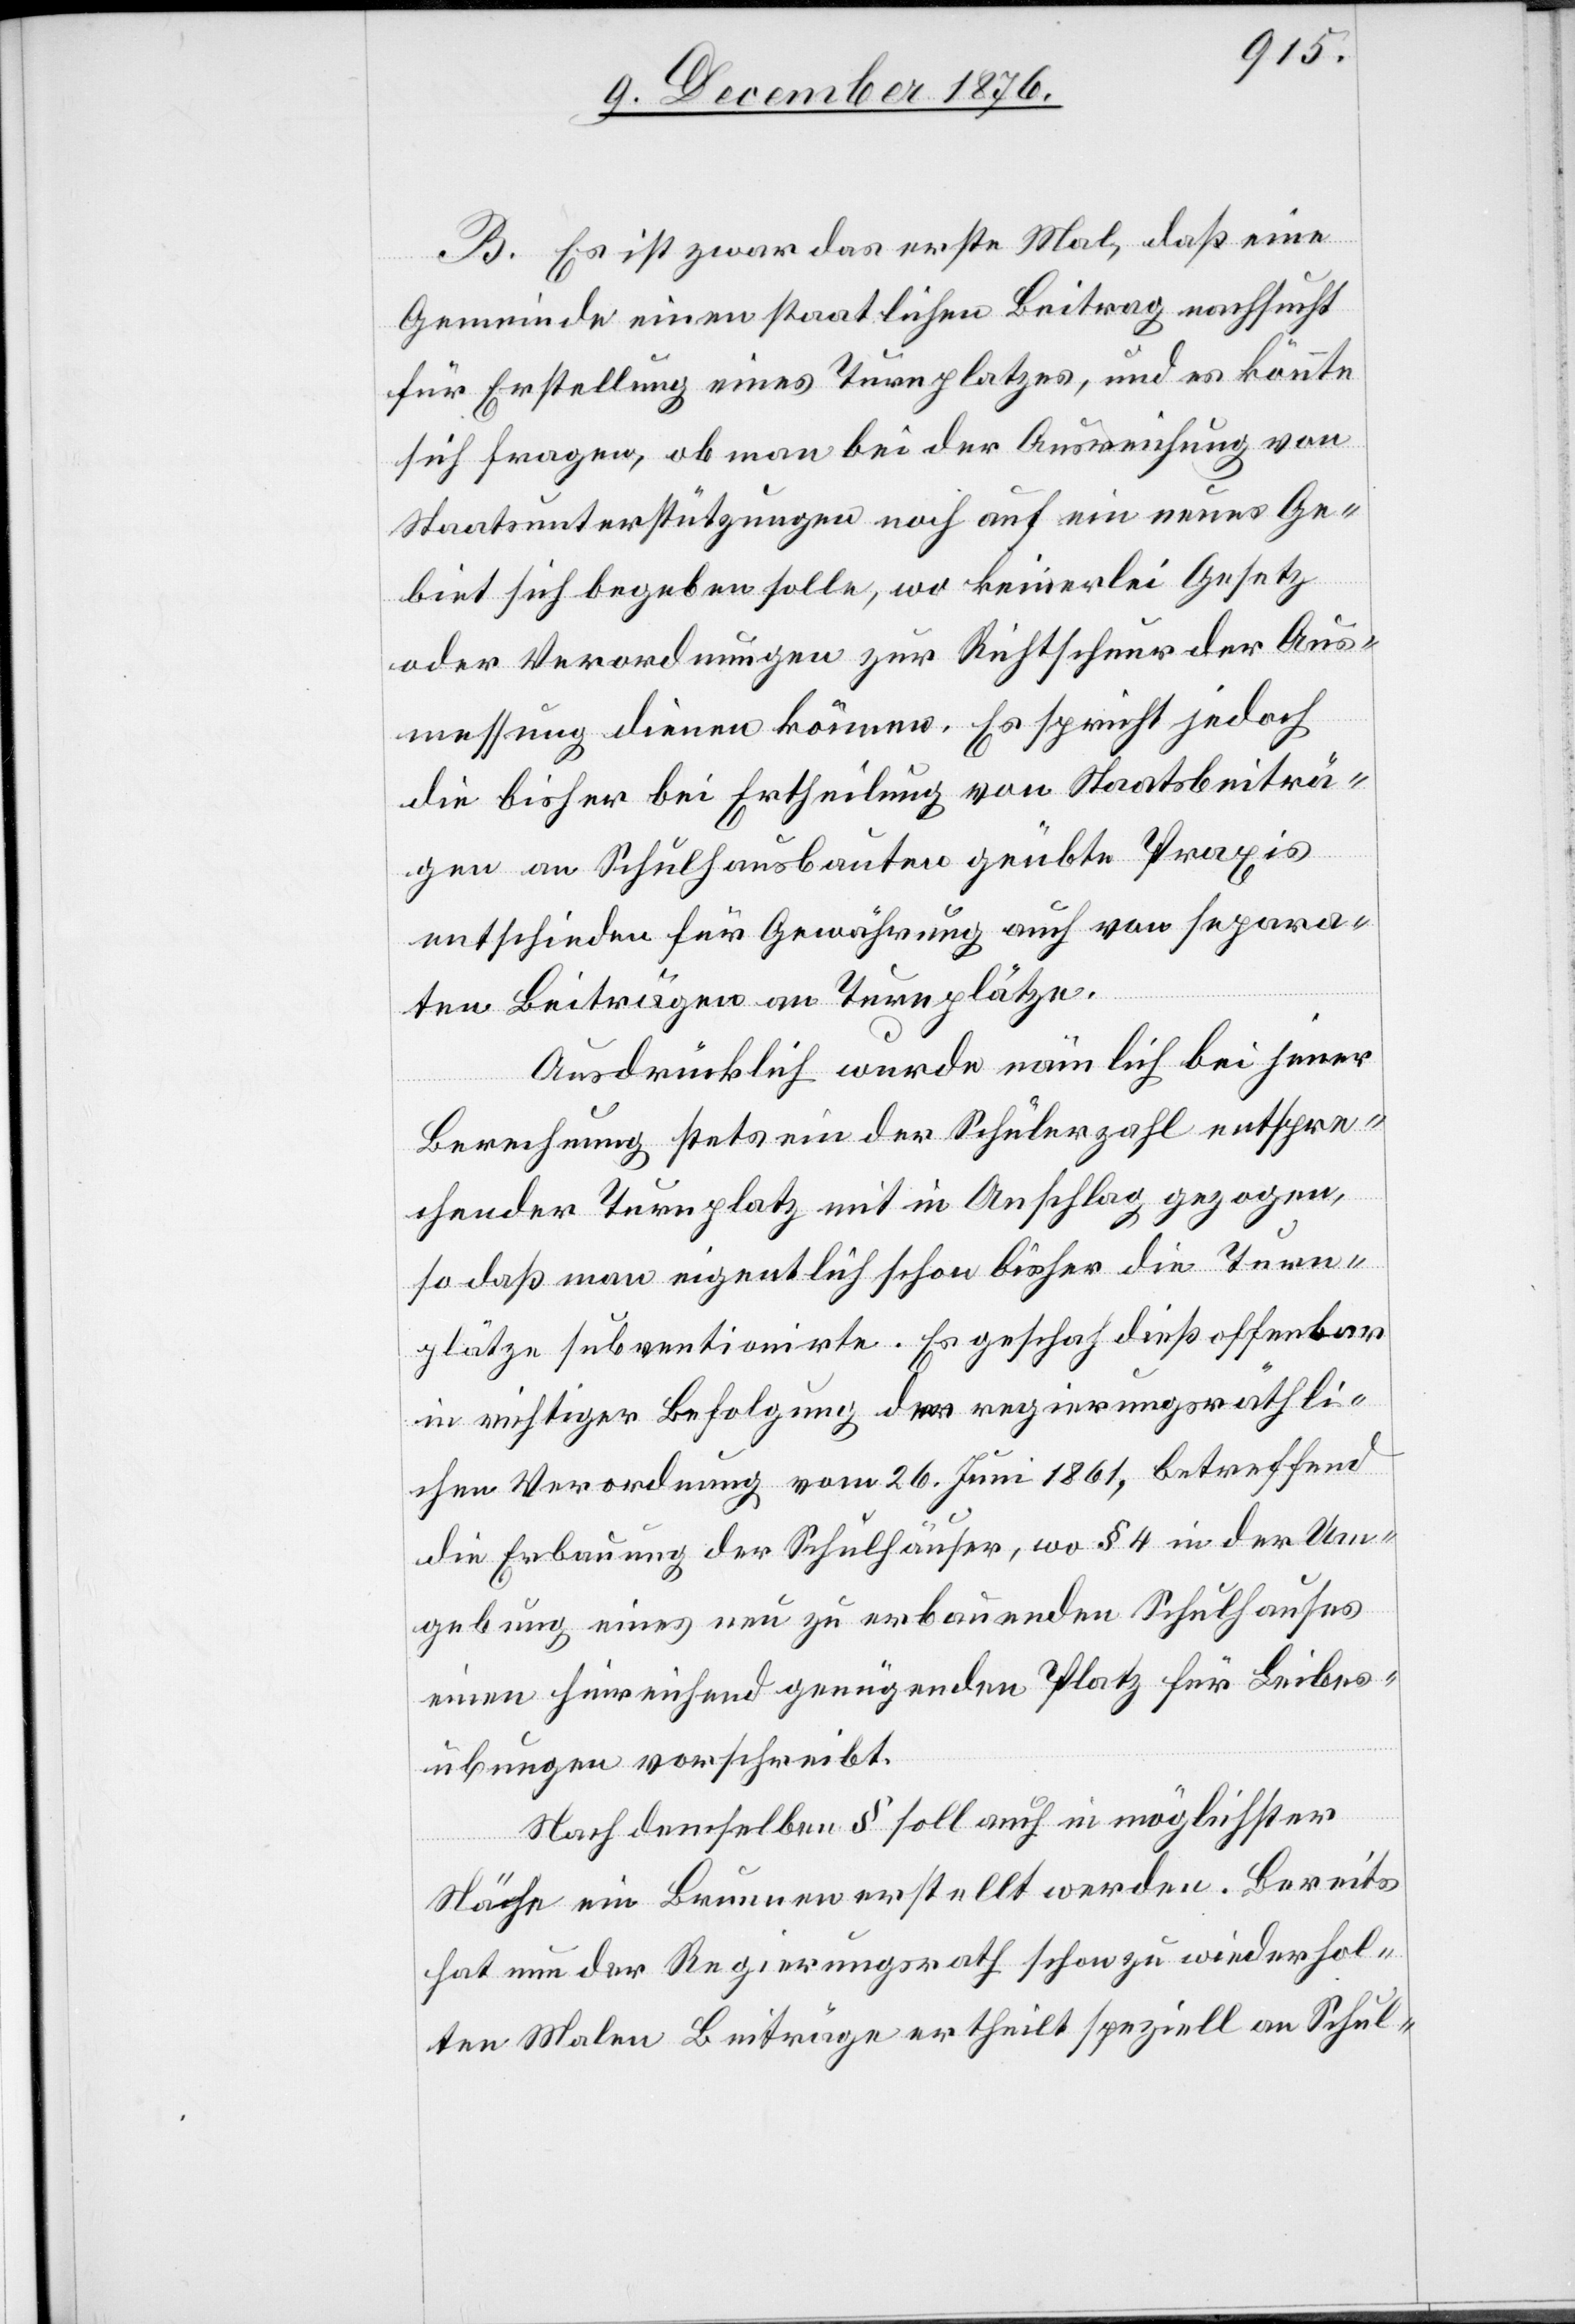
B. Es ist zwar das erste Mal, daß eine
Gemeinde einen staatlichen Beitrag nachsucht
für Erstellung eines Turnplatzes, und es könnte
sich fragen, ob man bei der Ausweichung von
Staatsunterstützungen noch auf ein neues Ge¬
biet sich begeben solle, wo keinerlei Gesetz
oder Verordnungen zur Richtschnur der Aus¬
messung dienen können. Es spricht jedoch
die bisher bei Ertheilung von Staatsbeiträ¬
gen an Schulhausbauten geübte Praxis
entschieden für Gewährung auch von separa¬
ten Beiträgen an Turnplätze.
Ausdrücklich wurde nämlich bei jener
Berechnung stets ein der Schülerzahl entspre¬
chender Turnplatz mit in Anschlag gezogen,
so daß man eigentlich schon bisher die Turn¬
plätze subventionirte. Es geschah dieß offenbar
in richtiger Befolgung der regierungsräthli¬
chen Verordnung vom 26. Juni 1861, betreffend
die Erbauung der Schulhäuser, wo § 4 in der Um¬
gebung eines neu zu erbauenden Schulhauses
einen hinreichend genügenden Platz für Leibes¬
übungen vorschreibt.
Nach demselben § soll auch in möglichster
Nähe ein Brunnen erstellt werden. Bereits
hat nun der Regierungsrath schon zu wiederhol¬
ten Malen Beiträge ertheilt speziell an Schul-